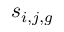
s _ { i , j , g }